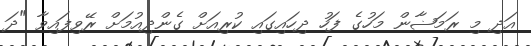
އަދި މި ރަމަޟާން މަހުގެ ފަހު ދިހައިގައި ކުރިއަށް ގެންދިއުމަށް ރޭވިފައިވާ "ދަ